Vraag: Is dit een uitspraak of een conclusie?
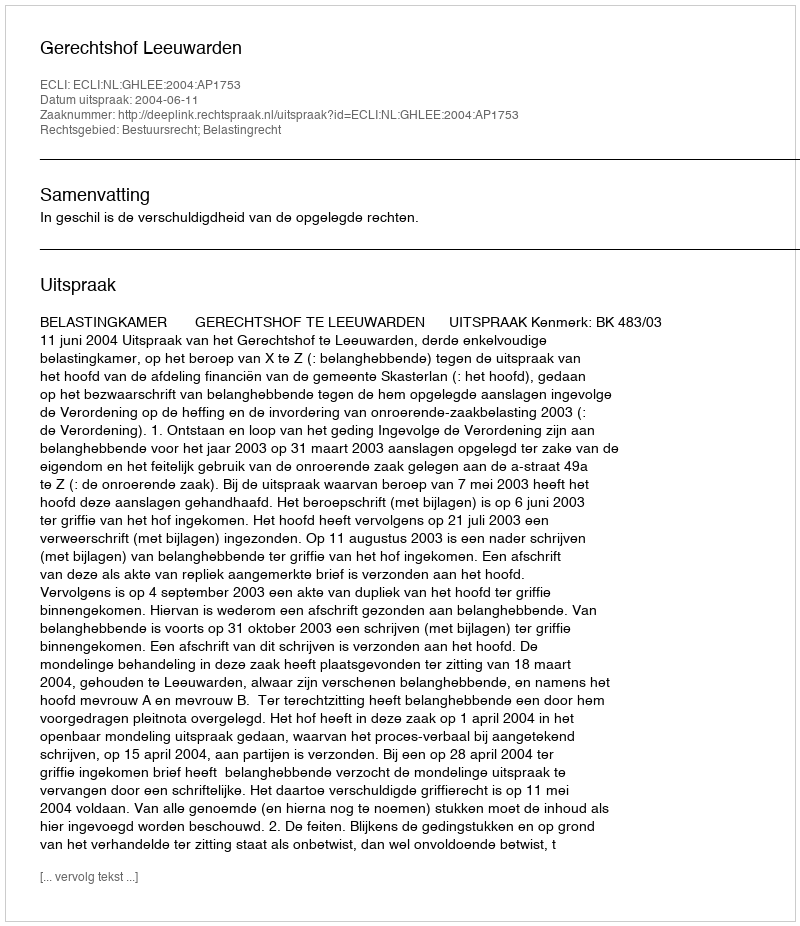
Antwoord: Uitspraak